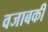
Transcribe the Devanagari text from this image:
वजाबकी